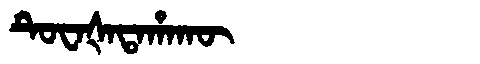
Manchu: ᡨᡠᠸᠠᡧᠠᡨᠠᡥᠠᡴᡡ
Romanization: TUWAŠATAHAKŪ